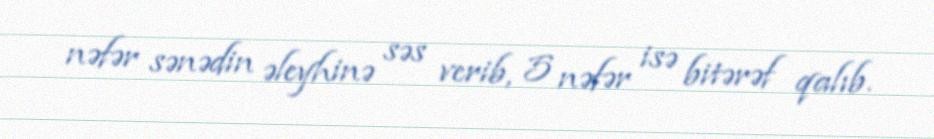
nəfər sənədin əleyhinə səs verib, 5 nəfər isə bitərəf qalıb.